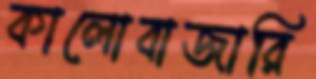
কালোবাজারি